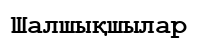
Шалшықшылар